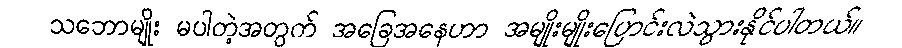
သဘောမျိုး မပါတဲ့အတွက် အခြေအနေဟာ အမျိုးမျိုးပြောင်းလဲသွားနိုင်ပါတယ်။